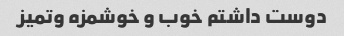
دوست داشتم خوب و خوشمزه وتمیز